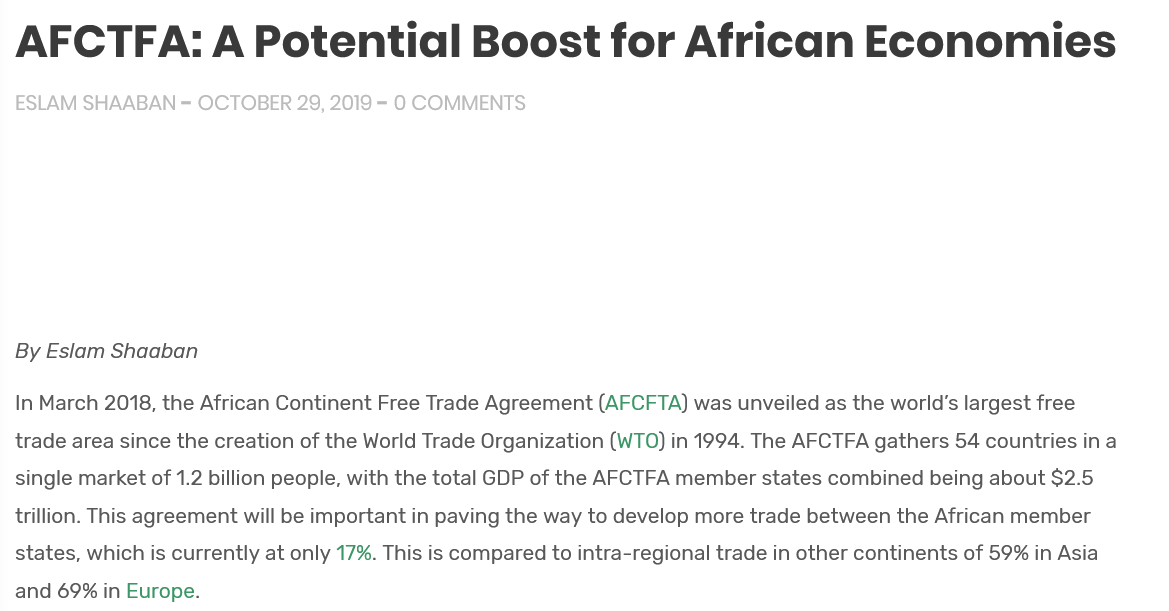
AFCTFA:    A   Potential    Boost    for    African    Economies
  ESLAM SHAABAN = OCTOBER 29, 2019  0 COMMENTS
  By Eslam Shaaban
  In March 2018, the African Continent Free Trade Agreement (AFCFTA) was unveiled as the world’s largest free
  trade area since the creation of the World Trade Organization (WTO) in 1994. The AFCTFA gathers 54 countries in a
  single market of 1.2 billion people, with the total GDP of the AFCTFA member states combined being about $2.5
  trillion. This agreement will be important in paving the way to develop more trade between the African member
  states, which is currently at only 17%. This is compared to intra-regional trade in other continents of 59% in Asia
  and 69% in Europe.